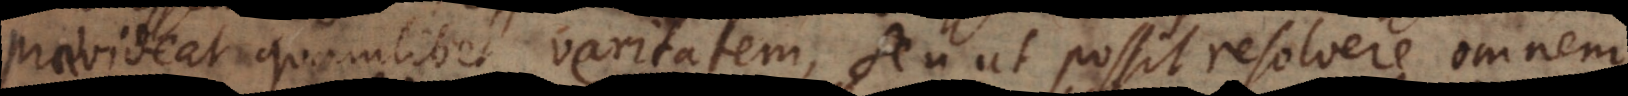
praevideat quamlibet veritatem, seu ut possit resolvere